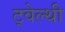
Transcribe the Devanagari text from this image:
ट्वेल्‍थी